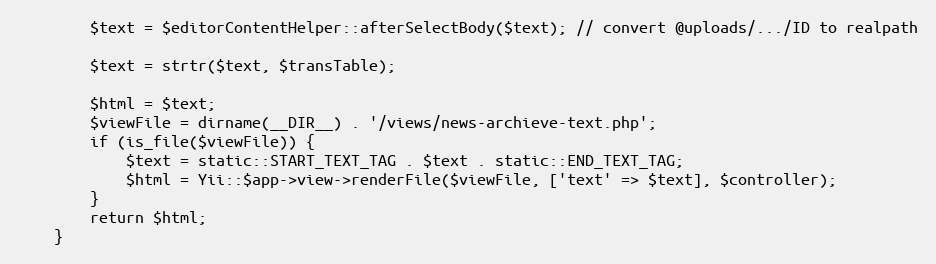
Language: PHP
        $text = $editorContentHelper::afterSelectBody($text); // convert @uploads/.../ID to realpath

        $text = strtr($text, $transTable);

        $html = $text;
        $viewFile = dirname(__DIR__) . '/views/news-archieve-text.php';
        if (is_file($viewFile)) {
            $text = static::START_TEXT_TAG . $text . static::END_TEXT_TAG;
            $html = Yii::$app->view->renderFile($viewFile, ['text' => $text], $controller);
        }
        return $html;
    }